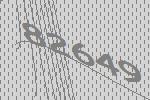
82649